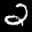
Label: 2